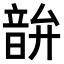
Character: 𫖘